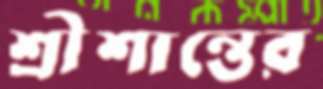
শ্রীশান্তের